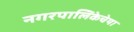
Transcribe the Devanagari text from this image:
नगरपालिकेचेया